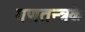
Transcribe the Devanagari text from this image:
गणतन्त्रके